Report on lock hospitals in British Burma
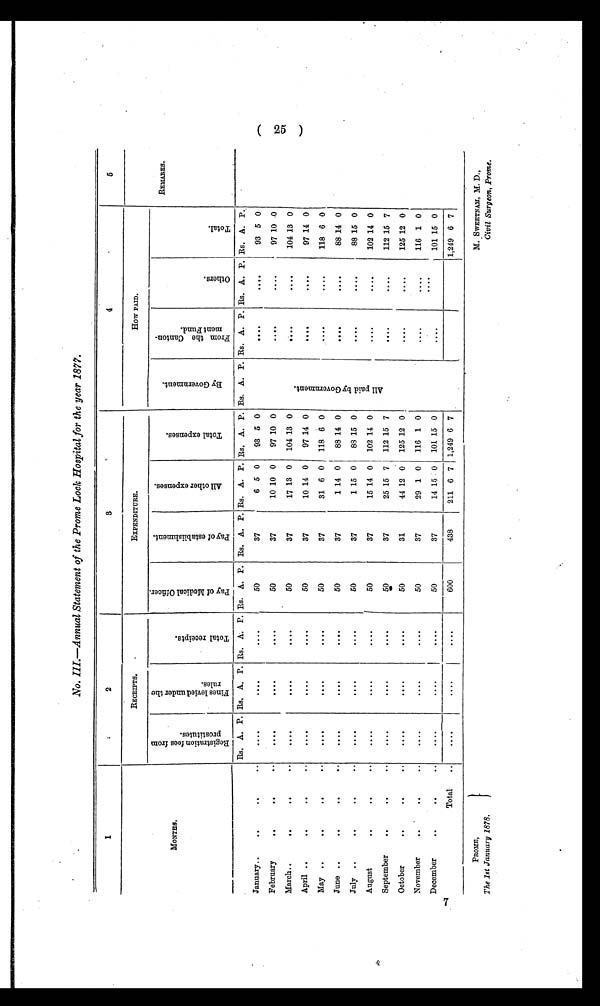
7
No. III.—Annual Statement of the Prome Lock Hospital for the year 1877.
1
2
3
4
5
MONTHS.
RECEIPTS.
EXPENDITURE.
H O W P A I D .
REMARKS.
R e g i s t r a t i o n f e e s f r o m
P r o s t i t u t e s .
F i n e s l e v i e d u n d e r t h e
r u l e s .
T o t a l r e c e i p t s .
P a y o f M e d i c a l O f f i c e r .
P a y o f e s t a b l i s h m e n t .
A l l o t h e r e x p e n s e s .
T o t a l e x p e n s e s .
B y G o v e r n m e n t .
F r o m t h e C a n t o n -
m e n t F u n d .
O t h e r s .
T o t a . l
Rs. A. P. Rs. A. P. Rs. A. P. Rs. A. P. Rs. A. P. Rs. A. P. Rs. A. P. Rs. A. P. Rs. A. P. Rs. A. P. Rs. A. P.
January..
..
..
. .
. . . .
. . . .
. . . .
50
37
6 5 0
93 5 0
. . . .
....
93 5 0
February
. .
..
. .
. . . .
. . . .
. . . .
50
37
10 10 0
97 10 0
. . . .
....
97 10 0
March..
..
..
. .
. . . .
. . . .
. . . .
50
37
17 13 0 104 13 0
A l l p a i d b y G o v e r n m e n t .
. . . .
. . . .
104 13 0
April ..
. .
..
. . . .
. . . .
. . . .
50
37
10 14 0
97 14 0
. . . .
. . . .
97 14 0
May ..
. .
..
. .
. . . .
. . . .
. . . .
50
37
31 6 0 118 6 0
. . . .
....
118 6 0
June ..
..
..
. .
. . . .
. . . .
. . . .
50
37
1 14 0
88 14 0
. . . .
. . . .
88 14 0
July..
. .
..
..
....
. . . .
. . . .
50
37
1 15 0
88 15 0
. . . .
. . . .
88 15 0
August
..
..
. .
....
. . . .
....
50
37
15 14 0 102 14 0
....
....
102 14 0
September
..
..
..
. . . .
. . . .
....
50 0
37
25 15 7 112 15 7
. . . .
....
112 15 7
October
. .
..
..
. . . .
....
. . . .
50
31
44 12 0 I 125 12 0
. . . .
....
125 12 0
November
. .
..
..
. . . .
. . . .
. . . .
50
37
29 1 0 116 1 0
. . . .
. . . .
116 1 0
December
..
..
..
....
....
. . . .
50
37
14 15 0 101 15 0
. . . .
. . . .
101 15 0
Total
..
....
....
. . . .
600
438
211 6 7 1,249 6 7
1,249 6 7
PROME, M. SWEETNAM, M. D.,
The 1st January 1878.
Civil Surgeon, Prome.
(25)